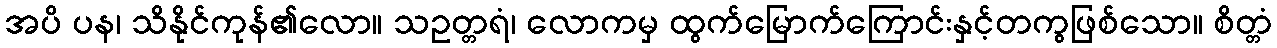
အပိ ပန၊ သိနိုင်ကုန်၏လော။ သဥတ္တရံ၊ လောကမှ ထွက်မြောက်ကြောင်းနှင့်တကွဖြစ်သော။ စိတ္တံ